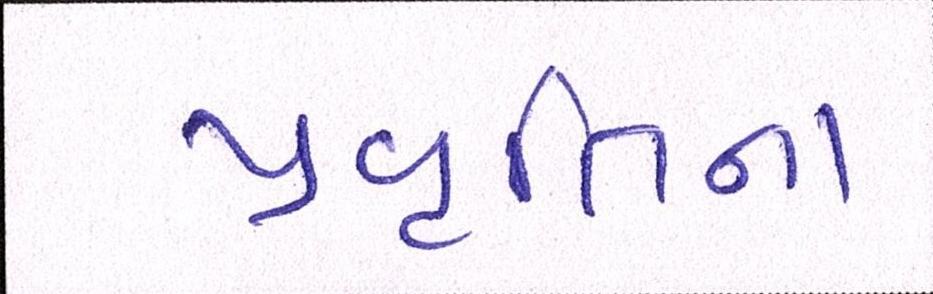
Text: પ્રવૃત્તિના